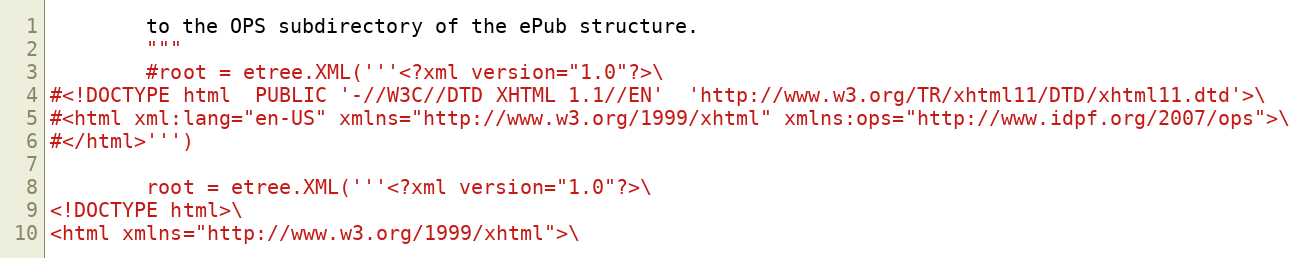
Language: Python
        to the OPS subdirectory of the ePub structure.
        """
        #root = etree.XML('''<?xml version="1.0"?>\
#<!DOCTYPE html  PUBLIC '-//W3C//DTD XHTML 1.1//EN'  'http://www.w3.org/TR/xhtml11/DTD/xhtml11.dtd'>\
#<html xml:lang="en-US" xmlns="http://www.w3.org/1999/xhtml" xmlns:ops="http://www.idpf.org/2007/ops">\
#</html>''')

        root = etree.XML('''<?xml version="1.0"?>\
<!DOCTYPE html>\
<html xmlns="http://www.w3.org/1999/xhtml">\